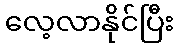
လေ့လာနိုင်ပြီး